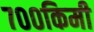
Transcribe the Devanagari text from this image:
७००किमी